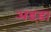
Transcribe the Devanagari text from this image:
अडड़ा